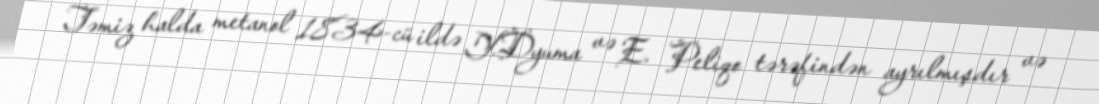
Təmiz halda metanol 1834-cü ildə Y.Dyuma və E. Peliqo tərəfindən ayrılmışdır və